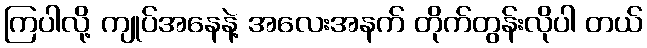
ကြပါလို့ ကျုပ်အနေနဲ့ အလေးအနက် တိုက်တွန်းလိုပါ တယ်